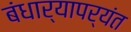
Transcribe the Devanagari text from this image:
बंधार्‍यापर्यंत